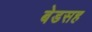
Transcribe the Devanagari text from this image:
बेडसह